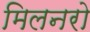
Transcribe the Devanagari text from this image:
मिलनरो